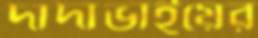
দাদাভাইয়ের